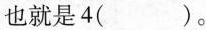
也就是4( )。